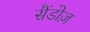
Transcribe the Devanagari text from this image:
सैंडोज़